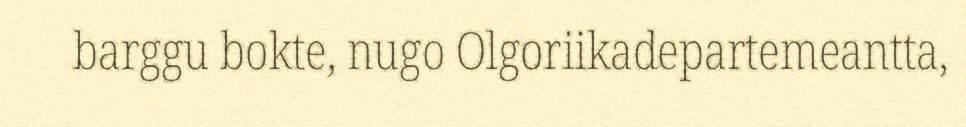
barggu bokte, nugo Olgoriikadepartemeantta,